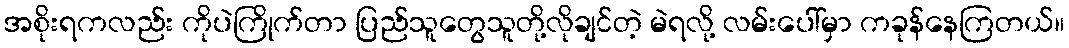
အစိုးရကလည်း ကိုပဲကြိုက်တာ ပြည်သူတွေသူတို့လိုချင်တဲ့ မဲရလို့ လမ်းပေါ်မှာ ကခုန်နေကြတယ်။